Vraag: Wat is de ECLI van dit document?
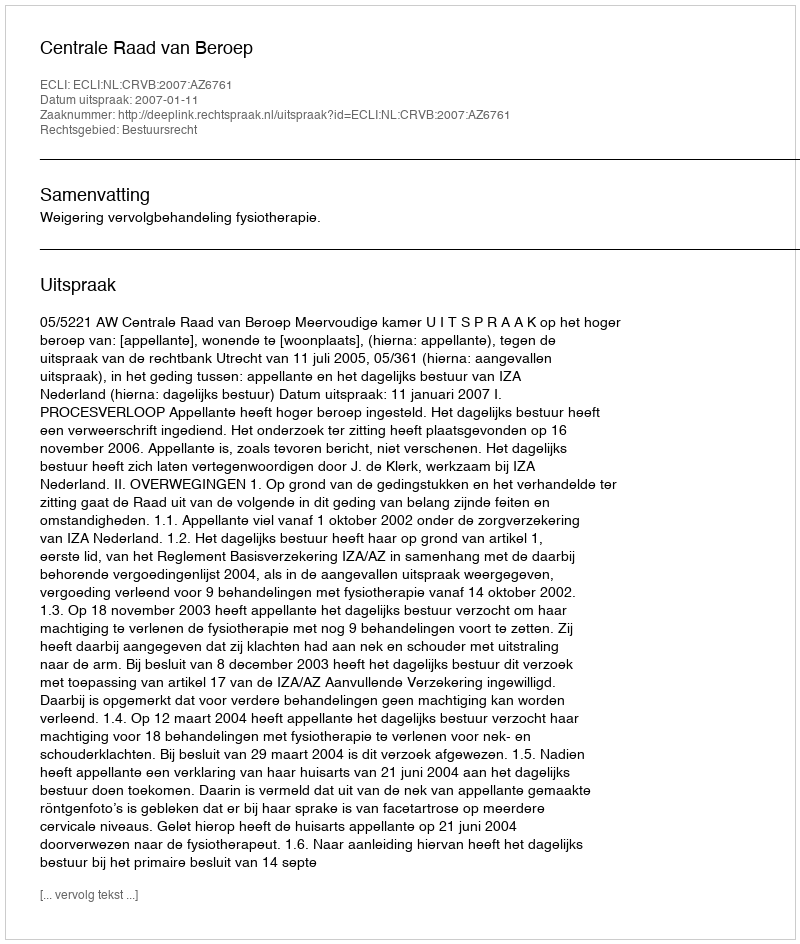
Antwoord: ECLI:NL:CRVB:2007:AZ6761